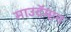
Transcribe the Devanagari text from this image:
साउदॅम्प्टन